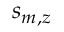
s _ { m , z }